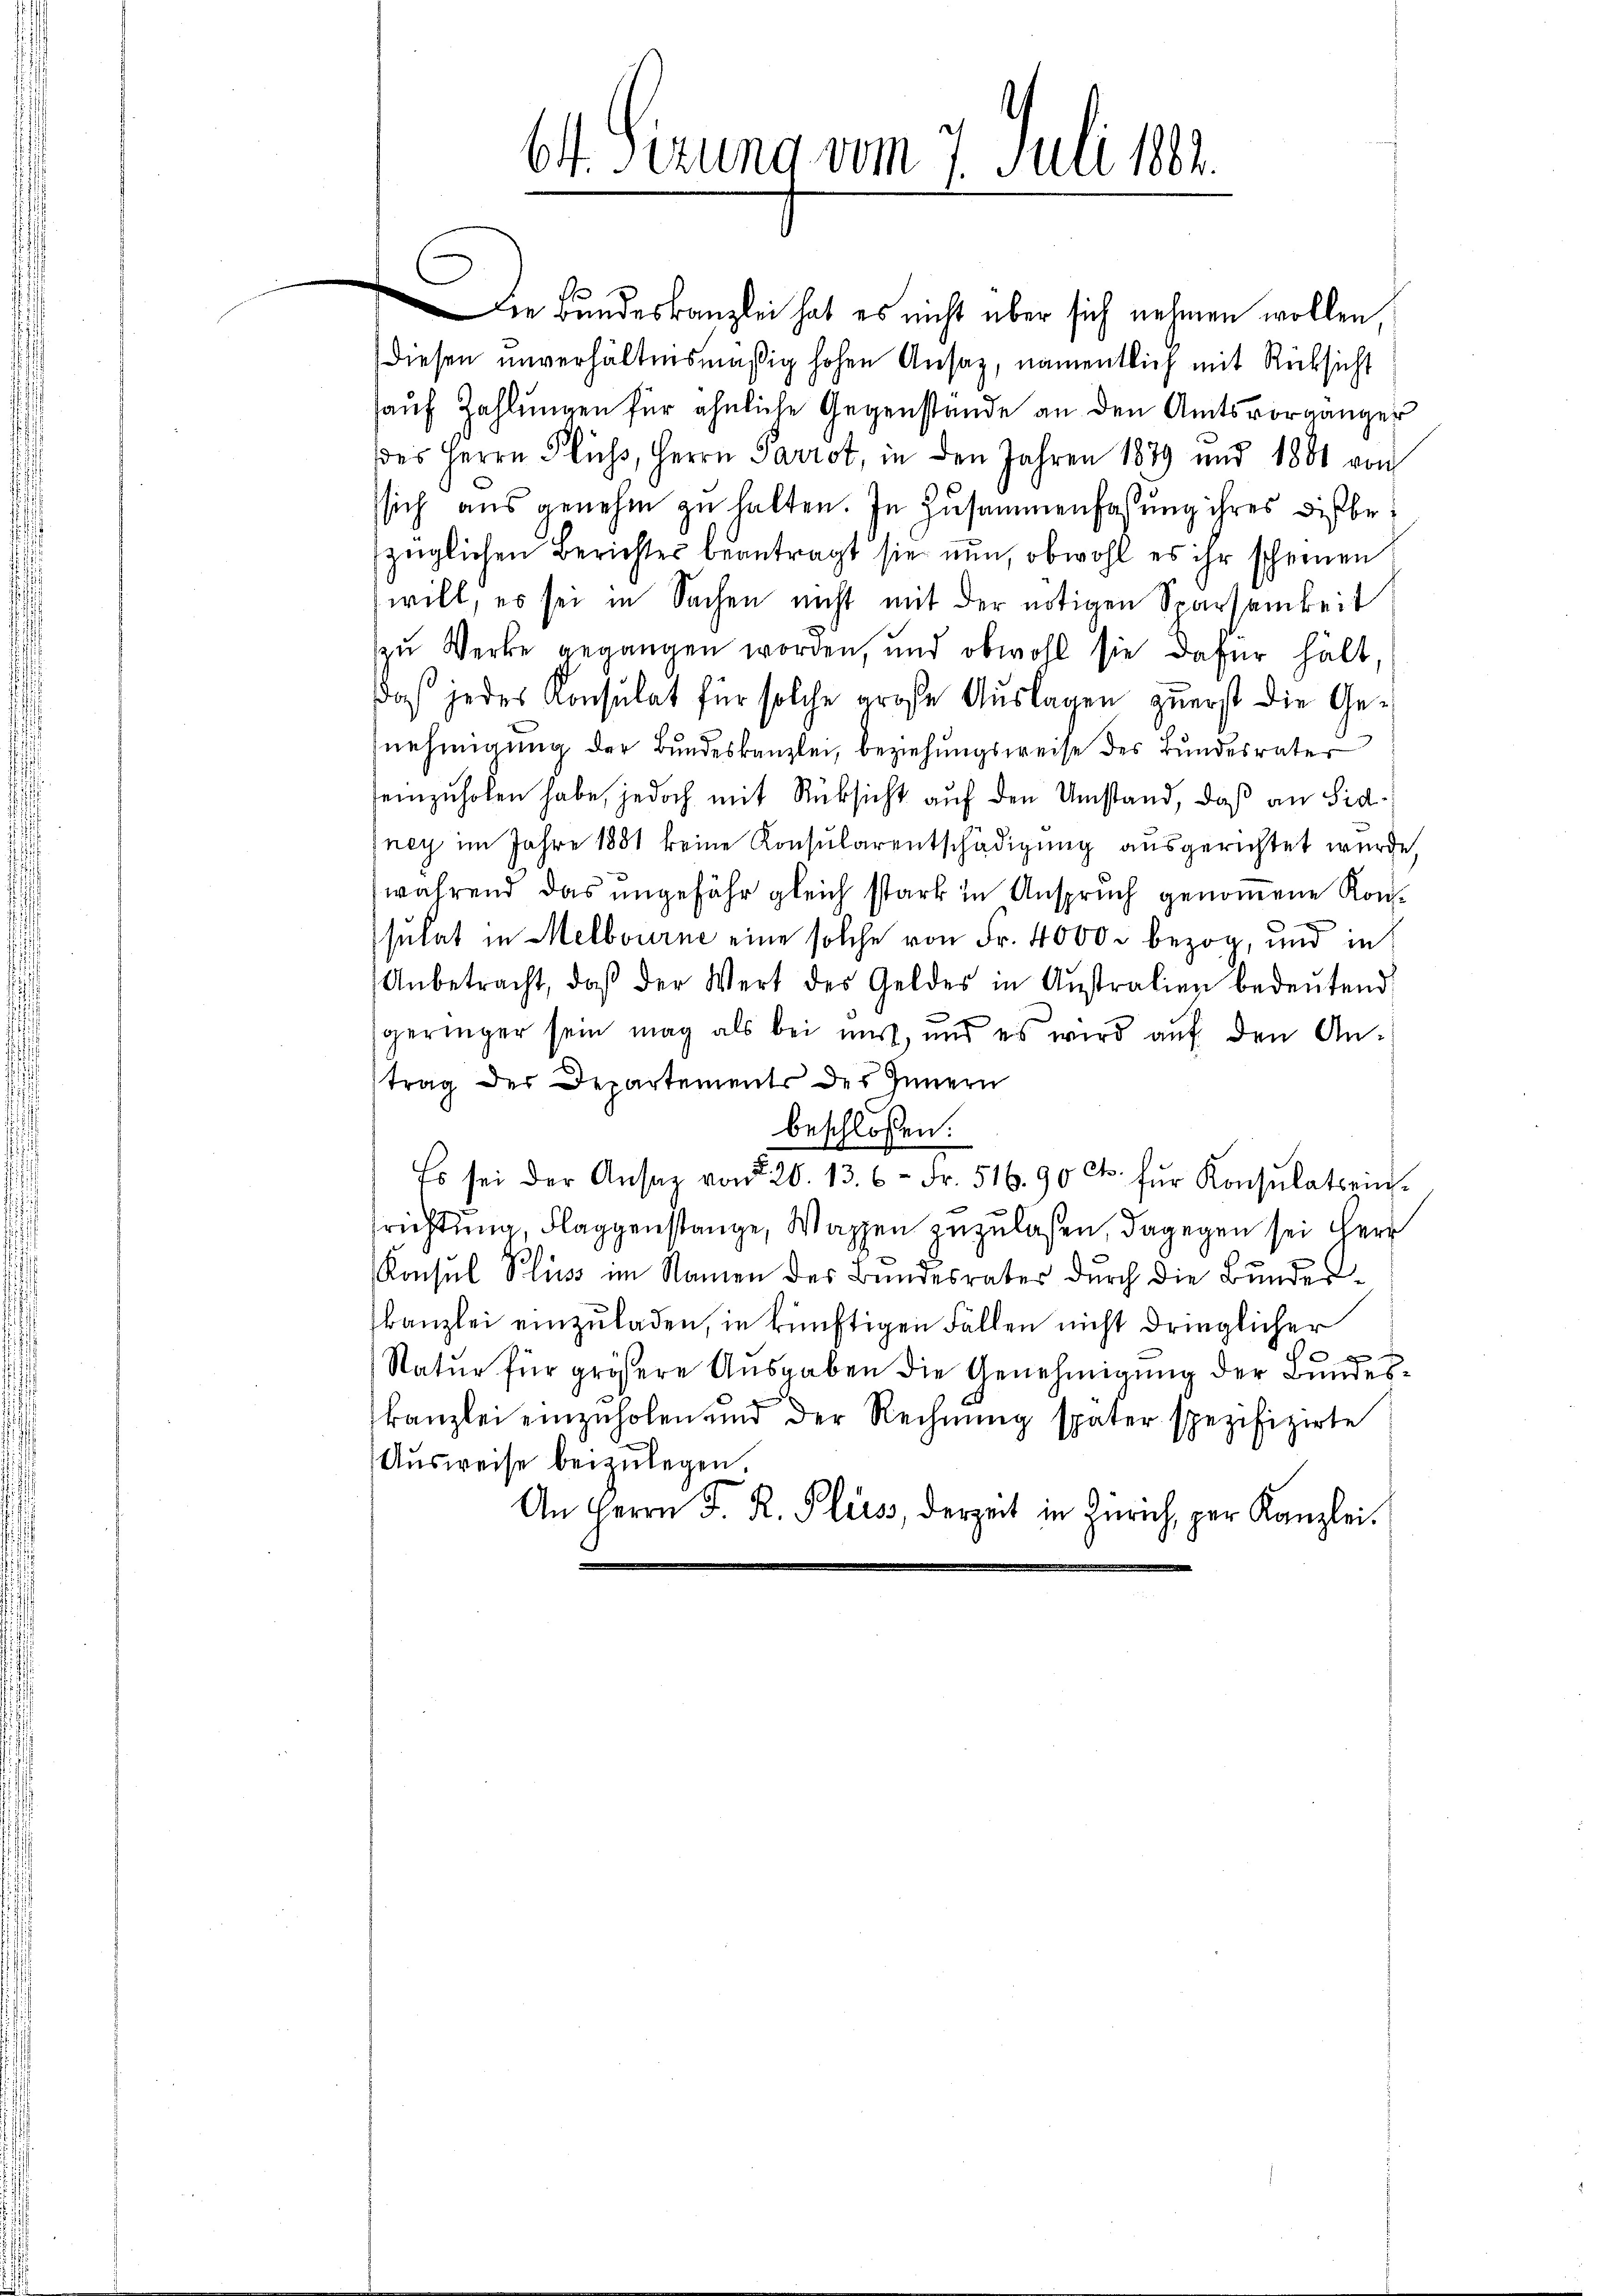
61. Sizung vom 7. Juli 1882.

Die Bundeskanzlei hat es nicht über sich nehmen wollen,
diesen unverhältnismäßig hohen Ansatz, namentlich mit Rücksicht
hauf Zahlungen für ähnliche Gegenstände an den Amtsvorgänger
des Herrn Fluß, Herrn Parrot, in den Jahren 1879 und 1881 von
ssich aus genehm zu halten. In Zusammenfassung ihres dißbezüglichen Berichter beantragt sie nun, obwohl es ihr scheinen
will, es sei in Sachen nicht mit der nötigen Sparsamkeit
zu Werke gegangen worden, und obwohl sie dafür hält
das jedes Konsulat für solche große Auslagen zuerst die Genehmigung der Bundeskanzlei, beziehungsweise des Bundesrater
seinzuholen habe, jedoch mit Rücksicht auf den Umstand, daß an Sid-
ney im Jahre 1881 keine Konsularentschädigung ausgerichtet wurde.
während das ungefähr gleich stark in Anspruch genommene Konssulat in Melbourne eine solche von Fr. 4000 bezog, und in
Anbetracht, daβ der Wert des Geldes in Aŭstralien bedeŭtend
geringer sein mag als bei mir, und es wird auf den An-
trag der Departements des Innern
beschlossen:
Es sei der Ansaz von 20. 13. 6. Fr. 516.90 Ct. für Konsulatein-
srichtung, Flaggenstange, Wappen zuzulaßen, dagegen sei Herr
Konsul Kluss im Namen des Bundesrates durch die Bundeskanzlei einzuladen, in künftigen Fällen nicht dringlicher
.
Natur für größere Ausgaben die Genehmigung der Bundeskanzlei einzuholen und der Rechnung später spezifizirte
Ausweise beizulegen.
An Herrn J. R. Plis, derzeit in Zürich, per Kanzlei.